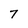
Character: 7